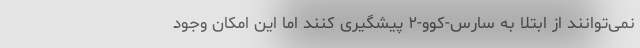
نمی‌توانند از ابتلا به سارس-کوو-۲ پیشگیری کنند اما این امکان وجود